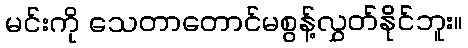
မင်းကို သေတာတောင်မစွန့်လွှတ်နိုင်ဘူး။